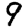
Digit: 9